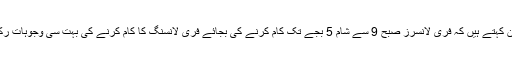
فری لانسر اور اب پٹاری (Patari)میں نئی کمپنی کے شریک بانی ہمایوں ہارون کہتے ہیں کہ فری لانسرز صبح 9 سے شام 5 بجے تک کام کرنے کی بجائے فری لانسنگ کا کام کرنے کی بہت سی وجوہات رکھتے ہیںجن میں اچھا معاوضہ کام کرنے کیلئے اپنی مرضی کا شیڈول شامل ہیں۔